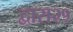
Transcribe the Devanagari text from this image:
द्वारा२१